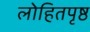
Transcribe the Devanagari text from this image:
लोहितपृष्ठ